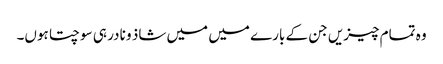
وہ تمام چیزیں جن کے بارے میں میں شاذ و نادر ہی سوچتا ہوں۔